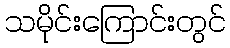
သမိုင်းကြောင်းတွင်